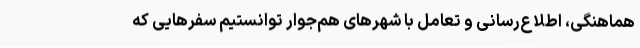
هماهنگی، اطلاع‌رسانی و تعامل با شهرهای هم‌جوار توانستیم سفرهایی که